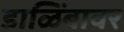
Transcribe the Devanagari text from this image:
डाळिंबावर